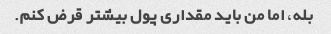
بله، اما من باید مقداری پول بیشتر قرض کنم.